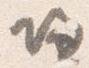
帰